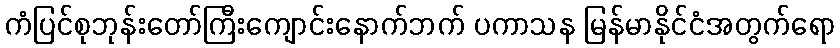
ကံပြင်စုဘုန်းတော်ကြီးကျောင်းနောက်ဘက် ပကာသန မြန်မာနိုင်ငံအတွက်ရော